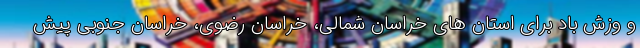
و وزش باد برای استان های خراسان شمالی، خراسان رضوی، خراسان جنوبی پیش